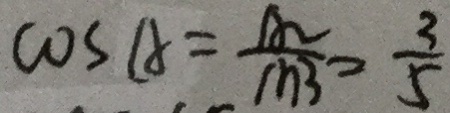
\cos A = \frac { A _ { 2 } } { m 3 } = \frac { 3 } { 5 }